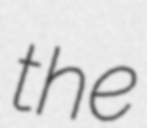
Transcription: the